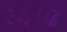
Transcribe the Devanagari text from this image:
उल्काई